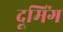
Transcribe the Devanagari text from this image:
दूमिंग